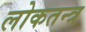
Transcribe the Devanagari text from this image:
लोकतन्‍त्र